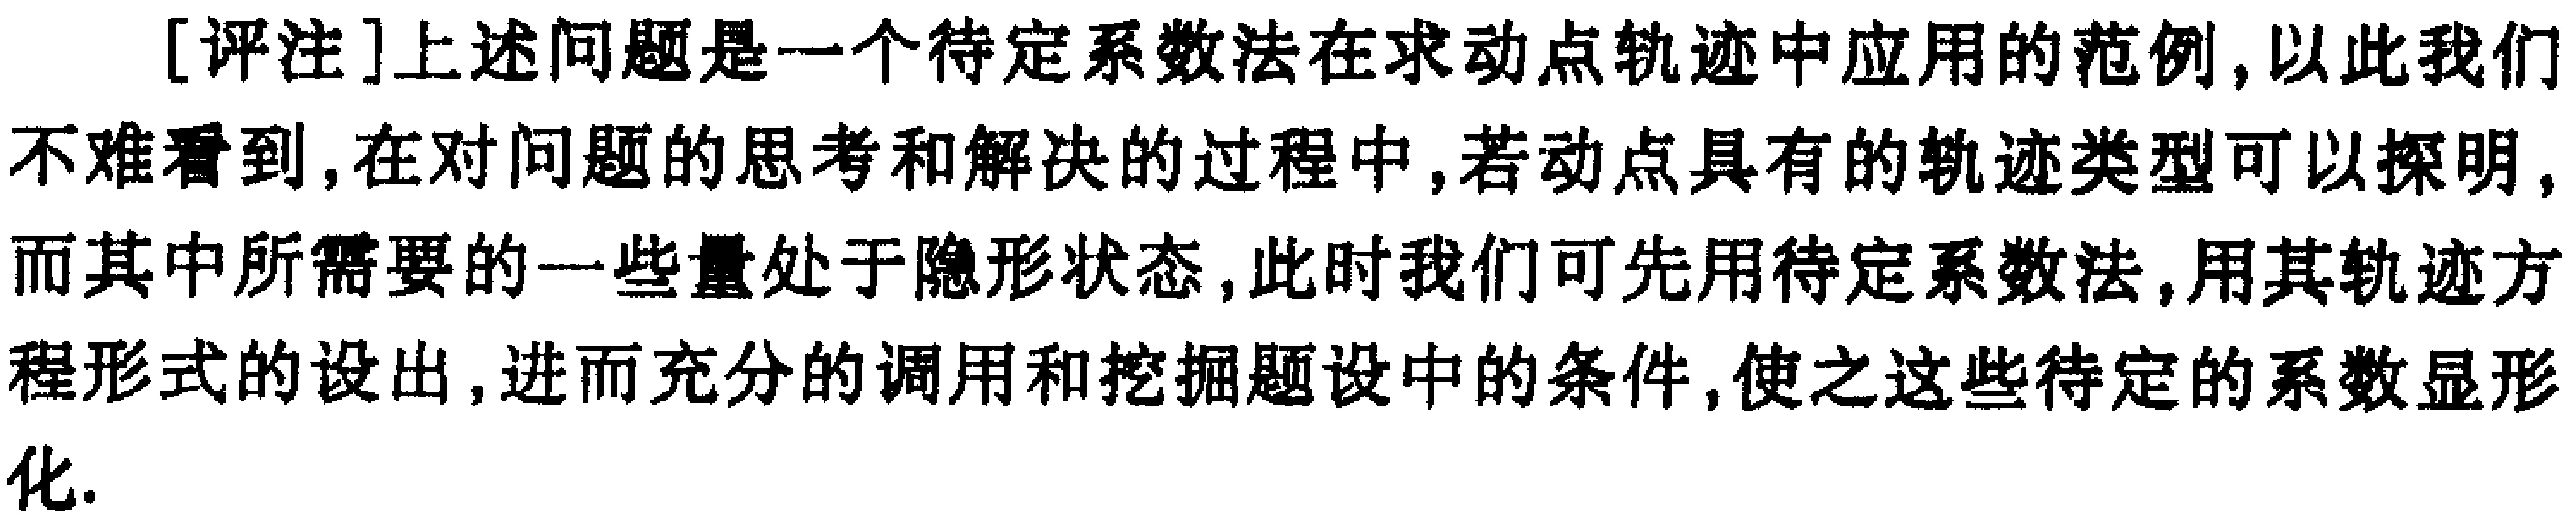
[评注]上述问题是一个待定系数法在求动点轨迹中应用的范例, 以此我们不难看到, 在对问题的思考和解决的过程中, 若动点具有的轨迹类型可以探明, 而其中所需要的一些量处于隐形状态, 此时我们可先用待定系数法, 用其轨迹方程形式的设出, 进而充分的调用和挖掘题设中的条件, 使之这些待定的系数显形化.